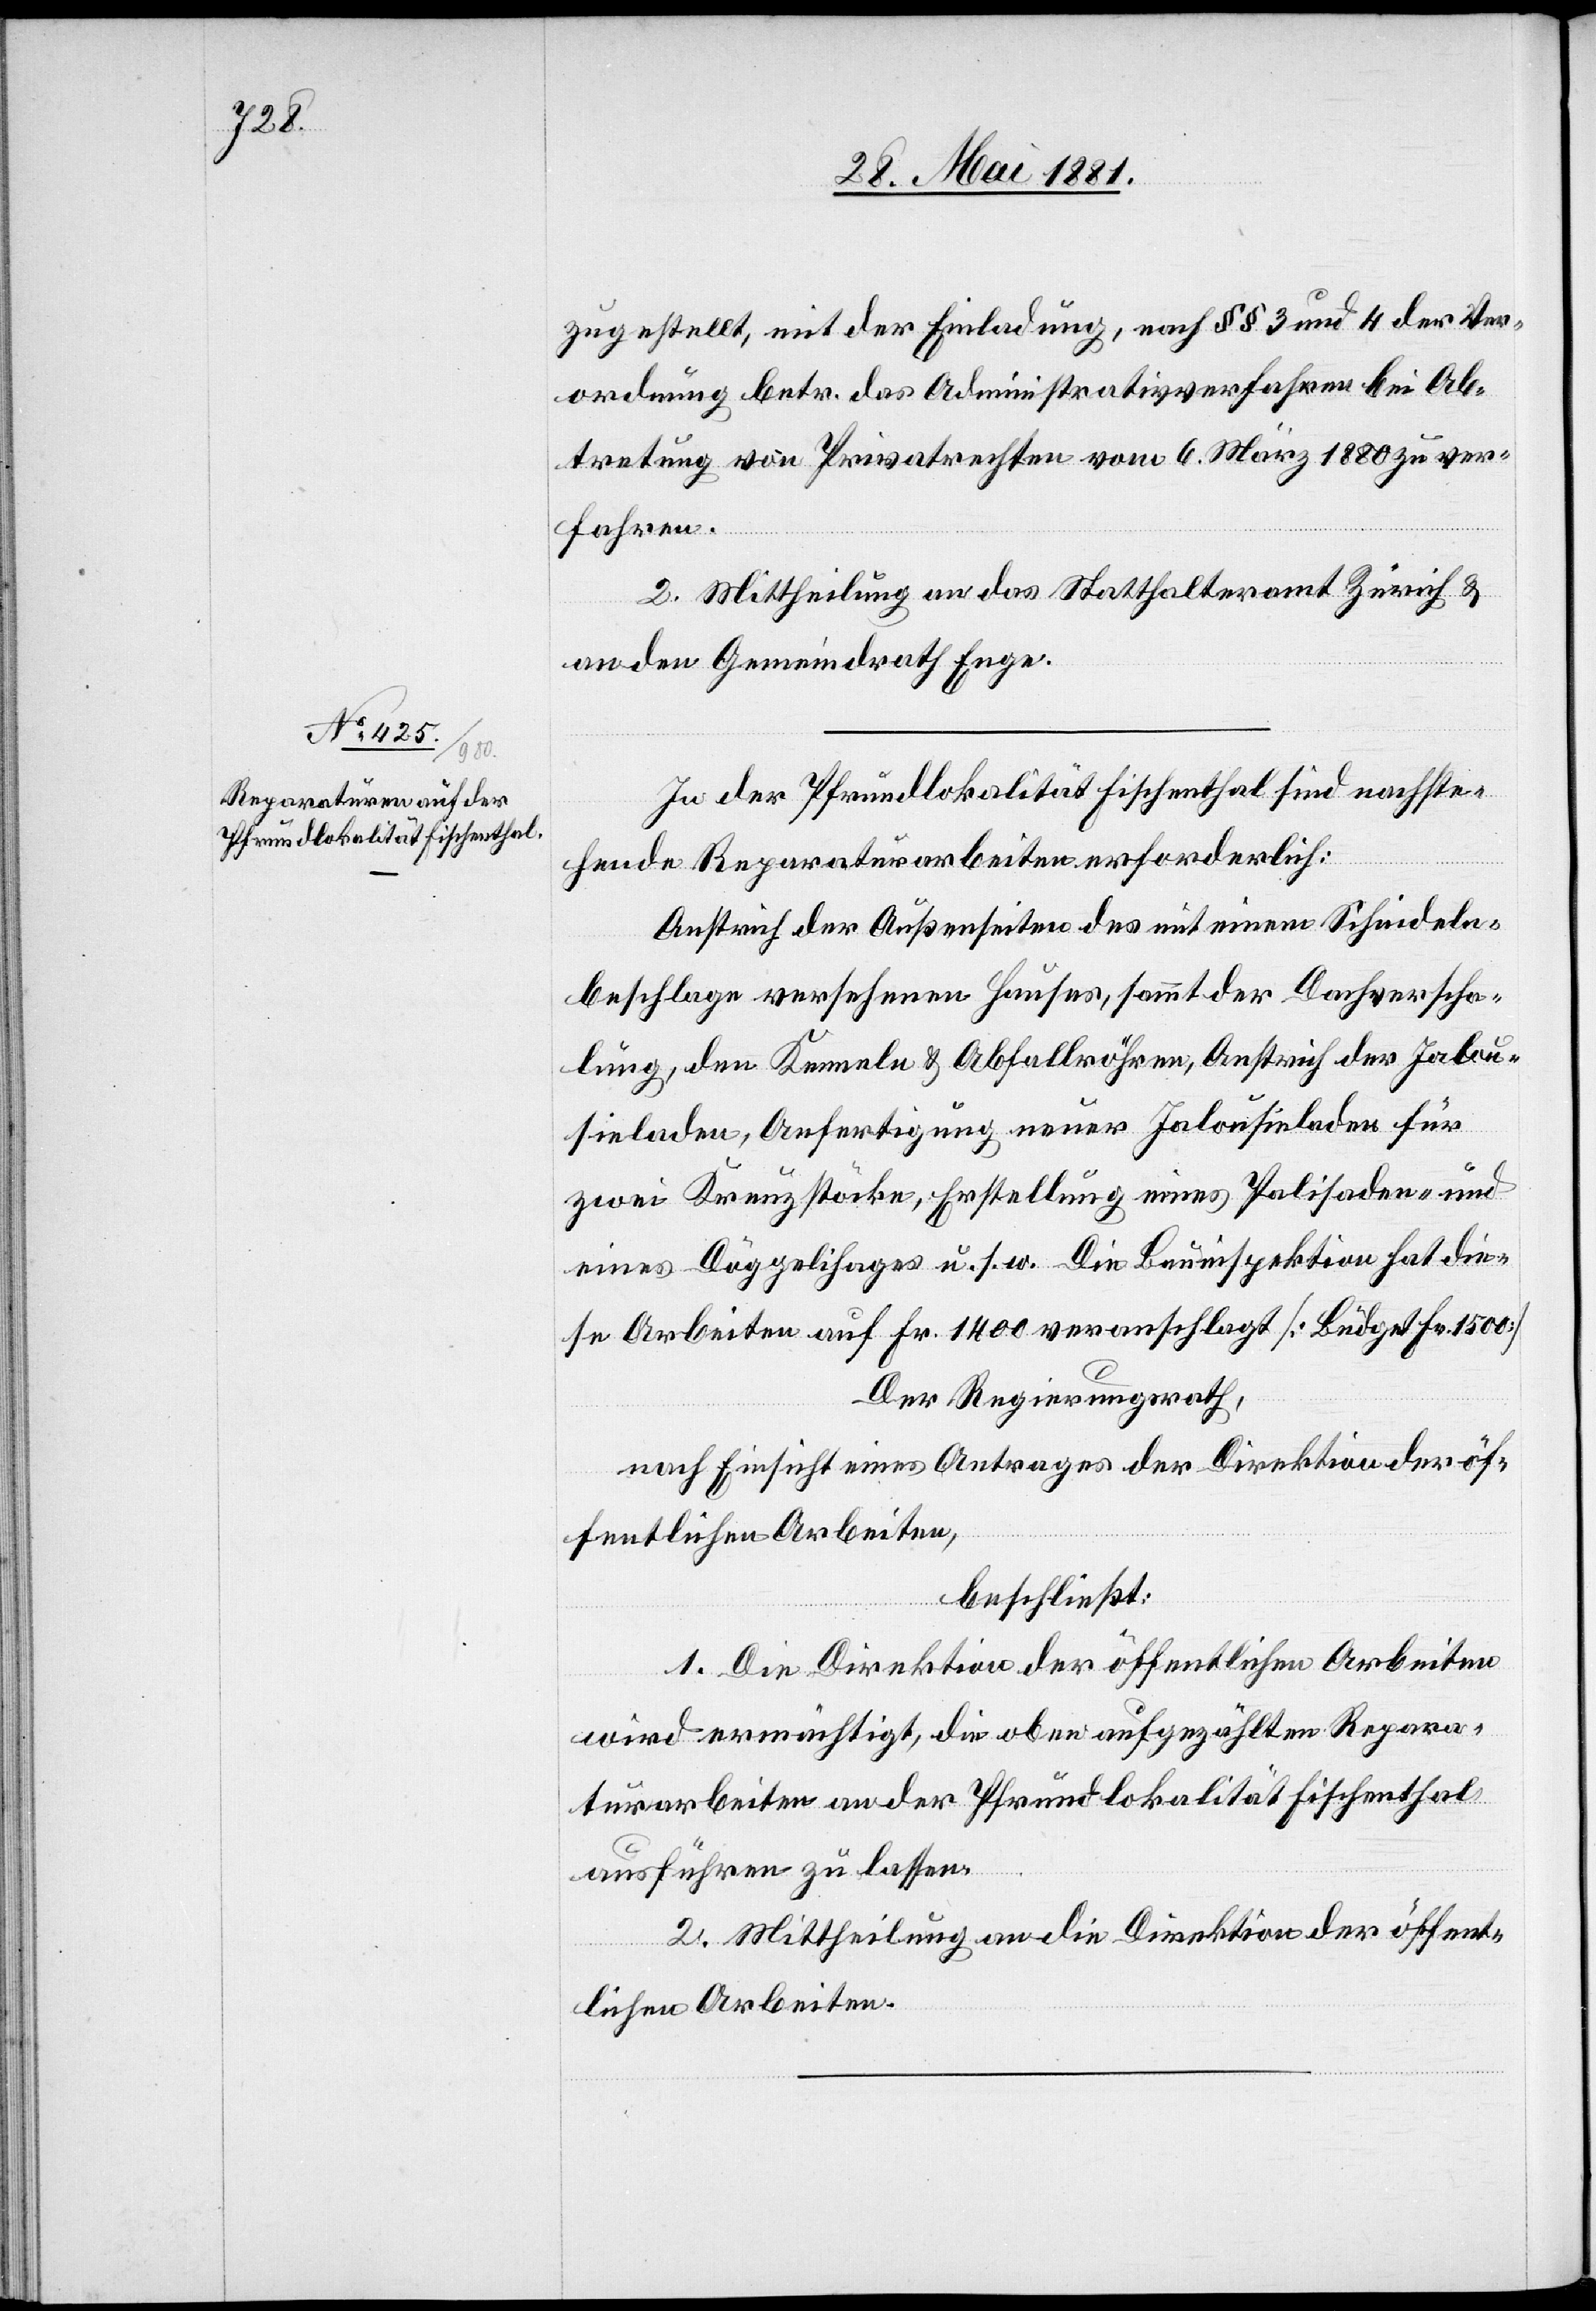
zugestellt, mit der Einladung, nach §§ 3 und 4 der Ver¬
ordnung betr. das Administrativverfahren bei Ab¬
tretung von Privatrechten vom 6. März 1880 zu ver¬
fahren.
2. Mittheilung an das Statthalteramt Zürich &
an den Gemeindrath Enge.
In der Pfundlokalität Fischenthal sind nachste¬
hende Reparaturarbeiten erforderlich:
Anstrich der Außenseiten des mit einem Schindeln¬
beschlage versehenen Hauses, sammt der Dachverscha¬
lung, den Kenneln & Abfallröhren, Anstrich der Jalou¬
sieladen, Anfertigung neuer Jalousieladen für
zwei Kranzstöcke, Erstellung eines Palisaden- und
eines Döggelihages u. s. w. Die Bauinspektion hat die¬
se Arbeiten auf Fr. 1400 veranschlagt [Budget Fr. 1500]
Der Regierungsrath,
nach Einsicht eines Antrages der Direktion der öf¬
fentlichen Arbeiten,
beschließt:
1. Die Direktion der öffentlichen Arbeiten
wird ermächtigt, die oben aufgezählten Repara¬
turarbeiten an der Pfrundlokalität Fischenthal
ausführen zu lassen.
2. Mittheilung an die Direktion der öffent¬
lichen Arbeiten.